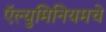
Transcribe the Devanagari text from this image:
ऍल्युमिनियमचे